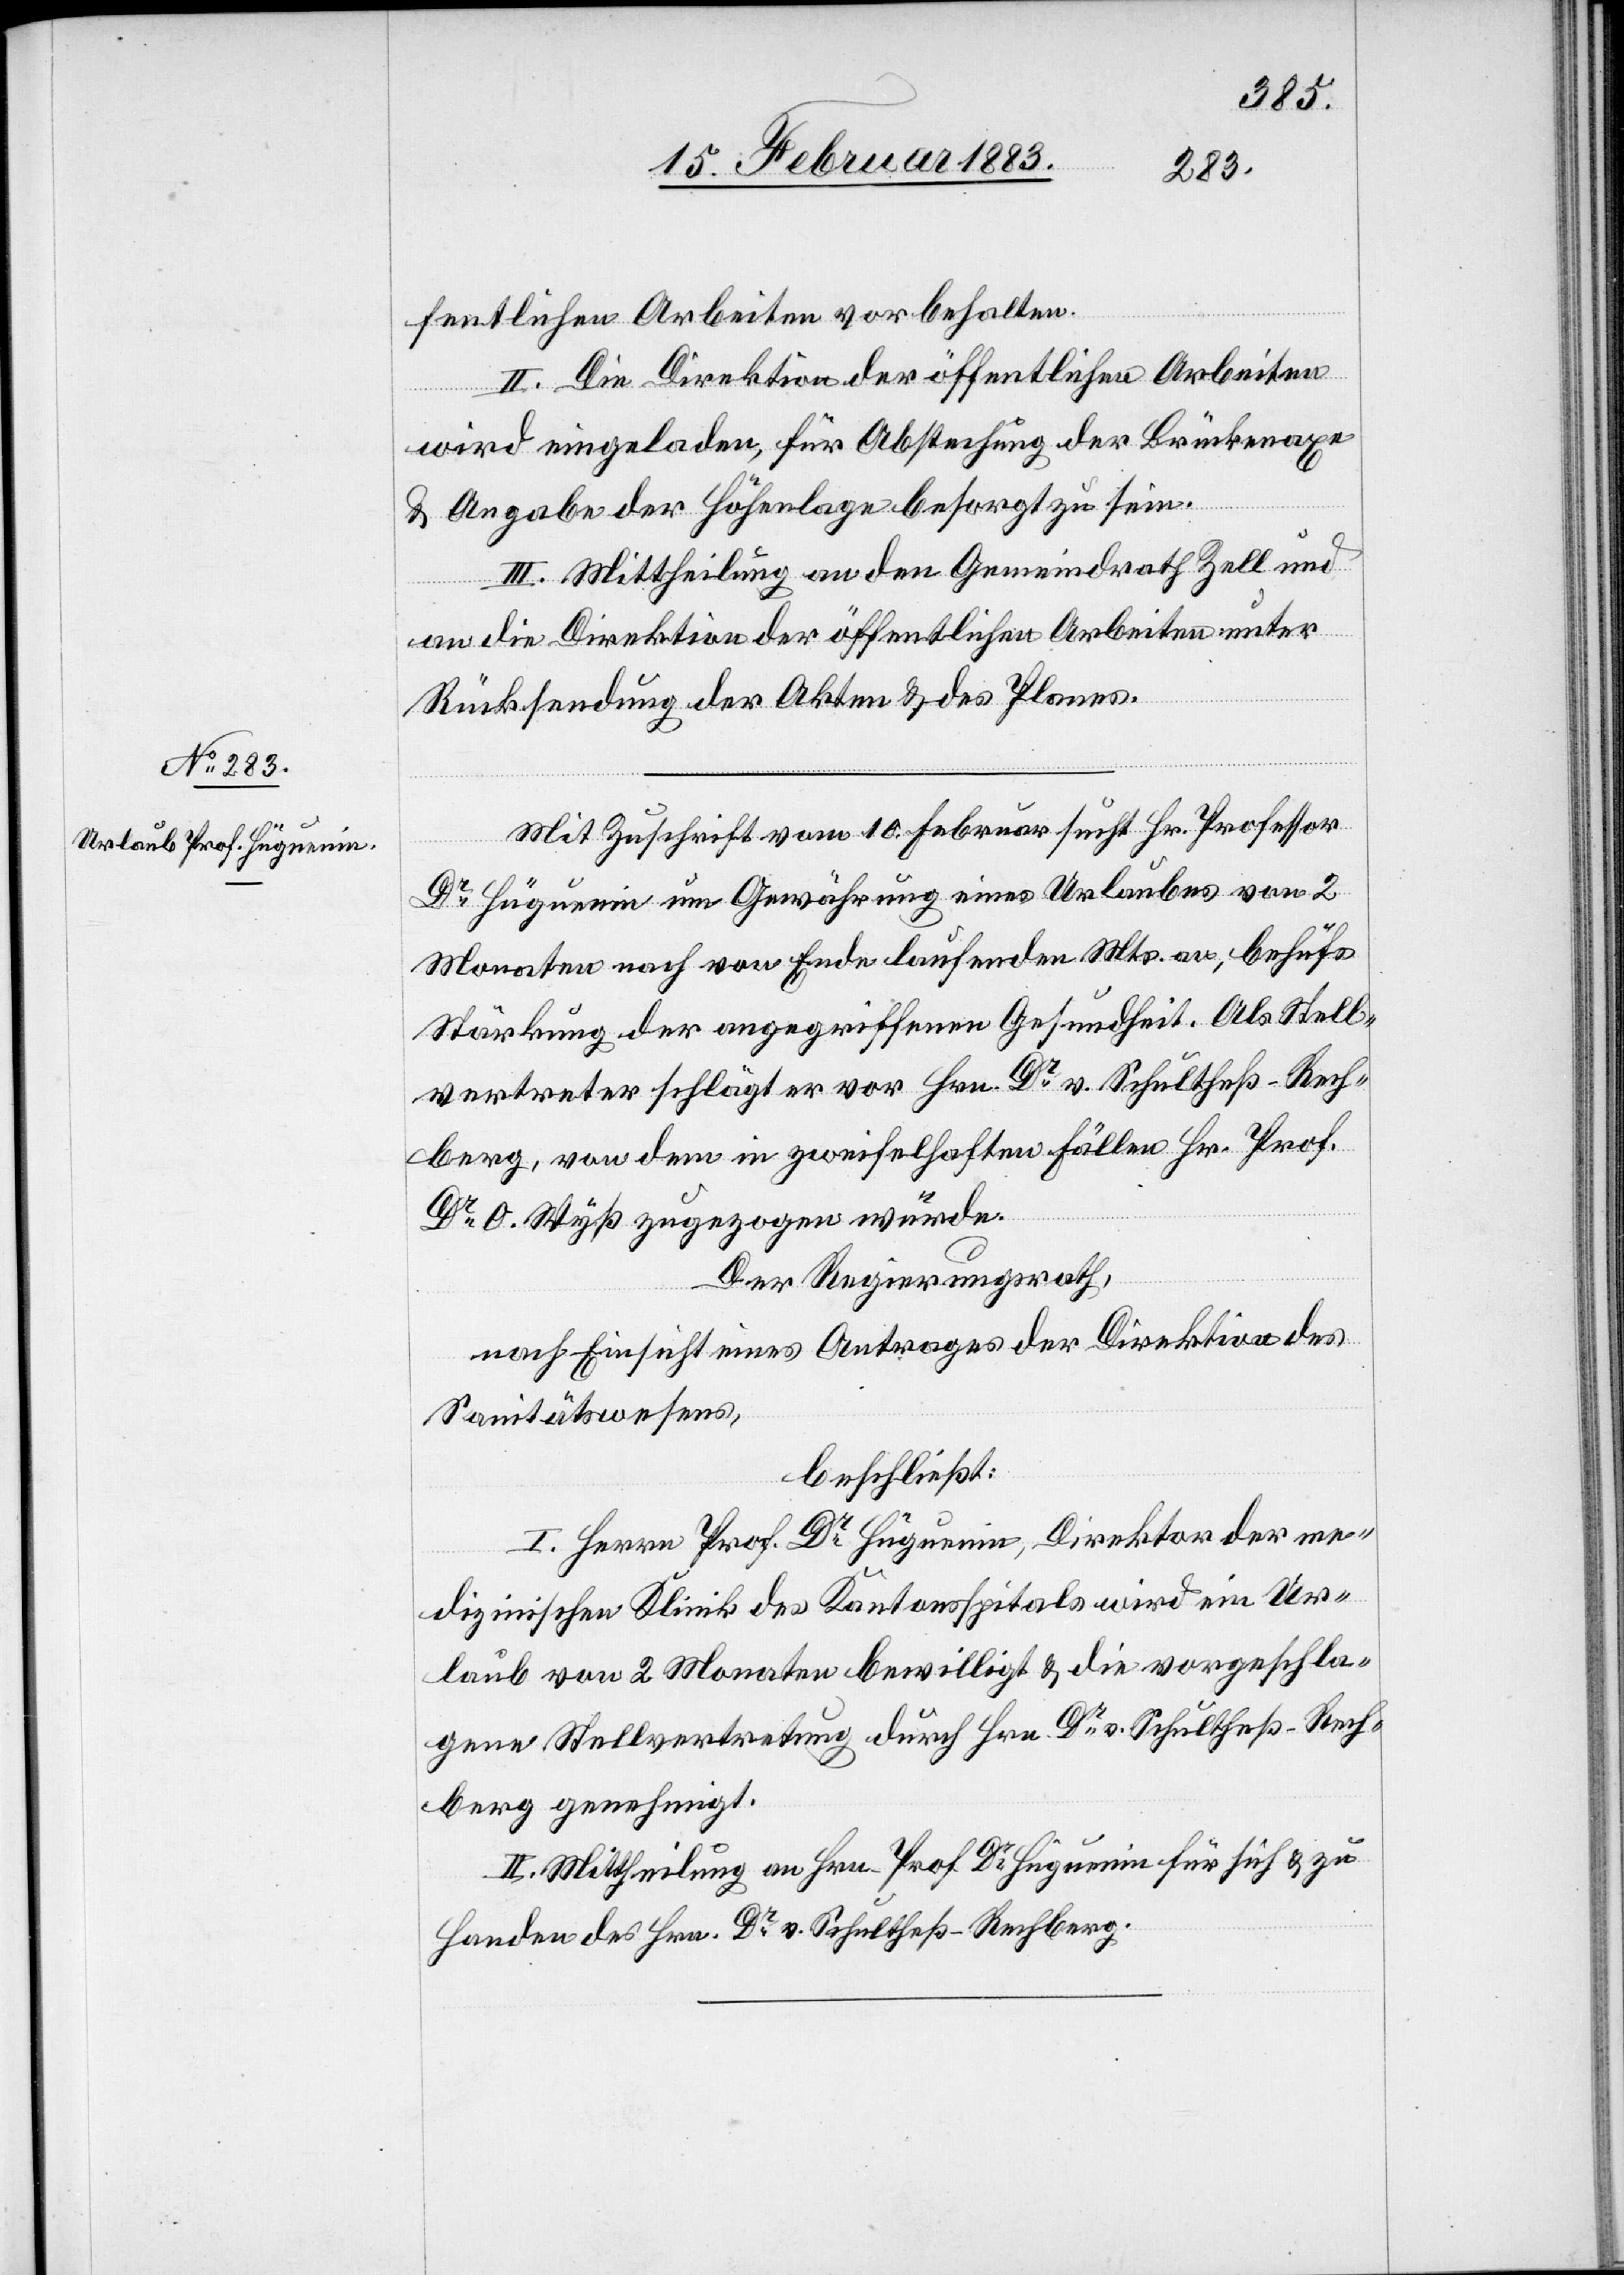
fentlichen Arbeiten vorbehalten.
II. Die Direktion der öffentlichen Arbeiten
wird eingeladen, für Abstechung [sic!] der Brückenaxe
& Angabe der Höhenlage besorgt zu sein.
III. Mittheilung an den Gemeindrath Zell und
an die Direktion der öffentlichen Arbeiten unter
Rücksendung der Akten & des Planes.
Mit Zuschrift vom 10. Februar sucht Hr. Professor
Dr Hüguenin um Gewährung eines Urlaubes von 2
Monaten nach von Ende laufenden Mts. an, behufs
Stärkung der angegriffenen Gesundheit. Als Stell¬
vertreter schlägt er vor Hrn. Dr v. Schultheß-Rech¬
berg, von dem in zweifelhaften Fällen Hr. Prof.
Dr O. Wyß zugezogen würde.
Der Regierungsrath,
nach Einsicht eines Antrages der Direktion des
Sanitätswesens,
beschließt:
I. Herrn Prof. Dr Hüguenin, Direktor der me¬
dizinischen Klinik des Kantonsspitals wird ein Ur¬
laub von 2 Monaten bewilligt & die vorgeschla¬
gene Stellvertretung durch Hrn. Dr v. Schultheß-Rech¬
berg genehmigt.
II. Mittheilung an Hrn. Prof. Dr Hüguenin für sich & zu
Handen des Hrn. Dr v. Schultheß-Rechberg.